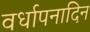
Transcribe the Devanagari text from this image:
वर्धापनादिन